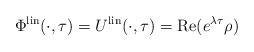
LaTeX: \begin{align*} \Phi^{\rm lin}(\cdot, \tau) = U^{\rm lin}(\cdot, \tau) = {\rm Re}(e^{\lambda \tau} \rho) \end{align*}